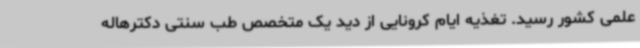
علمی کشور رسید. تغذیه ایام کرونایی از دید یک متخصص طب سنتی دکترهاله